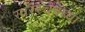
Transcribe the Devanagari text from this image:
स्वररचनेच्या